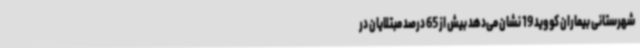
شهرستانی بیماران کووید 19 نشان می‌دهد بیش از 65 درصد مبتلایان در